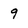
Character: 9